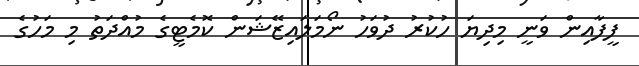
ފީފާއިން ވަނީ މިދިޔަ ހުކުރު ދުވަހު ނޯމަލައިޒޭޝަން ކޮމެޓީގެ މުއްދަތު މި މަހުގެ